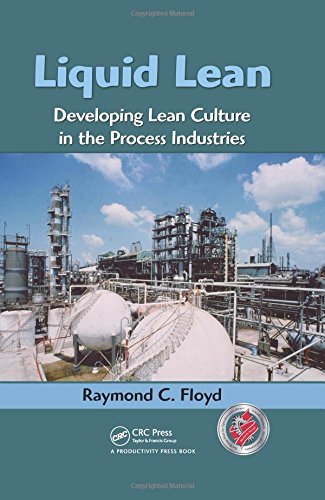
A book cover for Liquid Lean: Developing Lean Culture in the Process Industries; Raymond C. Floyd; Business & Money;